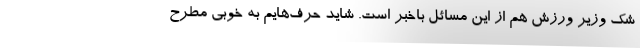
شک وزیر ورزش هم از این مسائل باخبر است. شاید حرف‌هایم به خوبی مطرح